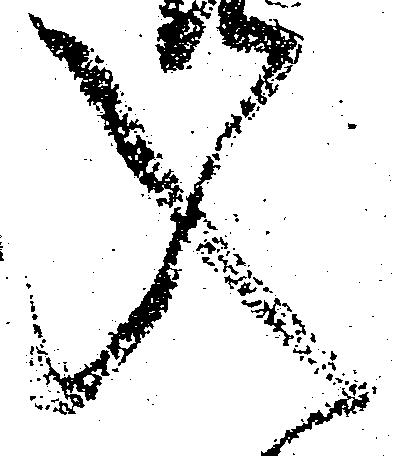
入